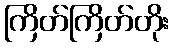
ကြိတ်ကြိတ်တိုး